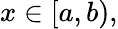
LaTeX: x\in[a,b),